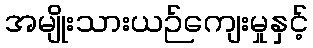
အမျိုးသားယဉ်ကျေးမှုနှင့်